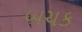
બચક